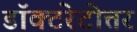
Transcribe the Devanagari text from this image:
डॉक्टरेटोत्तर